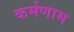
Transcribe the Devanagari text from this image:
कर्मणाम